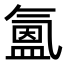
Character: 𭯳